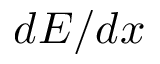
d E / d x